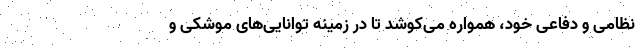
نظامی و دفاعی خود، همواره می‌کوشد تا در زمینه توانایی‌های موشکی و